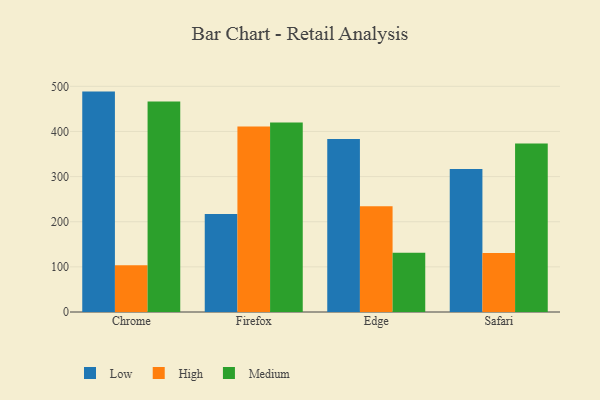
{"axis": {"x": "Browser", "y": "Humidity (%)"}, "legend": ["High", "Low", "Medium"], "data": [{"x": "Chrome", "y": 488.3, "type": "Low"}, {"x": "Chrome", "y": 103.4, "type": "High"}, {"x": "Chrome", "y": 466.2, "type": "Medium"}, {"x": "Firefox", "y": 217.0, "type": "Low"}, {"x": "Firefox", "y": 411.2, "type": "High"}, {"x": "Firefox", "y": 419.8, "type": "Medium"}, {"x": "Edge", "y": 383.4, "type": "Low"}, {"x": "Edge", "y": 234.5, "type": "High"}, {"x": "Edge", "y": 131.0, "type": "Medium"}, {"x": "Safari", "y": 316.7, "type": "Low"}, {"x": "Safari", "y": 130.9, "type": "High"}, {"x": "Safari", "y": 373.3, "type": "Medium"}]}